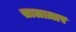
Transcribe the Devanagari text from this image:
सालाज़ार